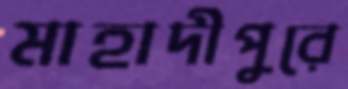
মাহাদীপুরে